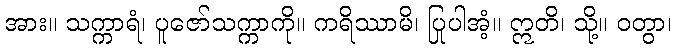
အား။ သက္ကာရံ၊ ပူဇော်သက္ကာကို။ ကရိဿာမိ၊ ပြုပါအံ့။ ဣတိ၊ သို့။ ဝတွာ၊